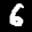
Label: 6